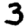
Digit: 3